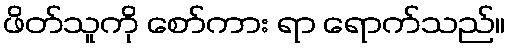
ဖိတ်သူကို စော်ကား ရာ ရောက်သည်။